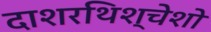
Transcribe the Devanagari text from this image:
दाशरथिश्‍चेशो